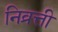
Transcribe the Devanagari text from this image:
निव्रत्ती